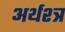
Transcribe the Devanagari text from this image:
अर्थश्त्र